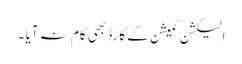
الیکشن کمیشن کے کارڈ بھی کام نہ آیا ۔